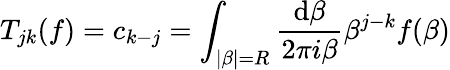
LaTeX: T_{jk}(f)=c_{k-j}=\int_{|\beta|=R}\frac{\mathrm{d}\beta}{2\pi i\beta}\beta^{j-k}f(\beta)